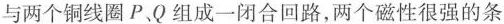
与两个铜线圈P、Q组成一闭合回路，两个磁性很强的条